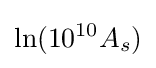
\ln(10^{10}A_{s})